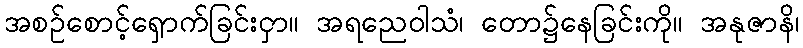
အစဉ်စောင့်ရှောက်ခြင်းငှာ။ အရညေဝါသံ၊ တော၌နေခြင်းကို။ အနုဇာနိ၊